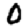
Digit: 0